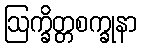
ဩက္ခိတ္တစက္ခုနာ